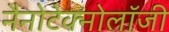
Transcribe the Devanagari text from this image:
नैनोटेक्नोलॉजी